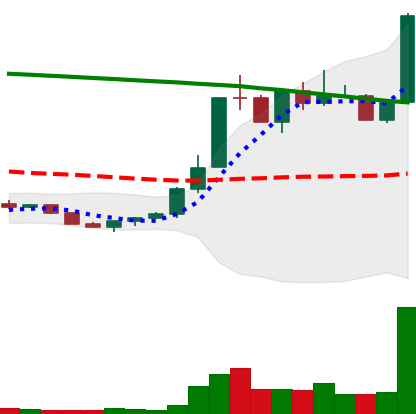
Ticker: ETC-USD
Chart end date: 2022-07-27
Forward return: 7.204%
Label: up_7plus